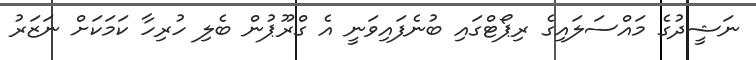
ނަޝީދުގެ މައްސަލައިގެ ރިޕޯޓްގައި ބުނެފައިވަނީ އެ ގްރޫޕުން ބެލި ހުރިހާ ކަމަކަށް ނަޒަރު